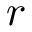
r